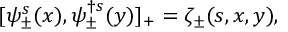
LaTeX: [ \psi _ { \pm } ^ { s } ( x ) , \psi _ { \pm } ^ { \dagger s } ( y ) ] _ { + } = \zeta _ { \pm } ( s , x , y ) ,